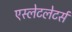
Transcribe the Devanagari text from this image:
एस्लेटलेटर्स